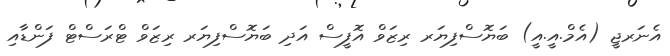
އެނަރޖީ (އެމް.އީ.އީ) ބަޔޮސްފިޔަރ ރިޒަވް އޮފީސް އަދި ބަޔޮސްފިޔަރ ރިޒަވް ޓްރަސްޓް ފަންޑާއި